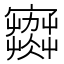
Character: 𡫾